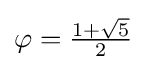
\textstyle {\varphi ={\frac {1+{\sqrt {5}}}{2}}}